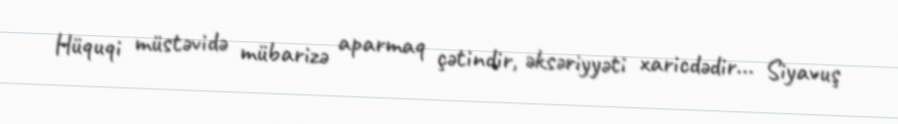
Hüquqi müstəvidə mübarizə aparmaq çətindir, əksəriyyəti xaricdədir... Siyavuş